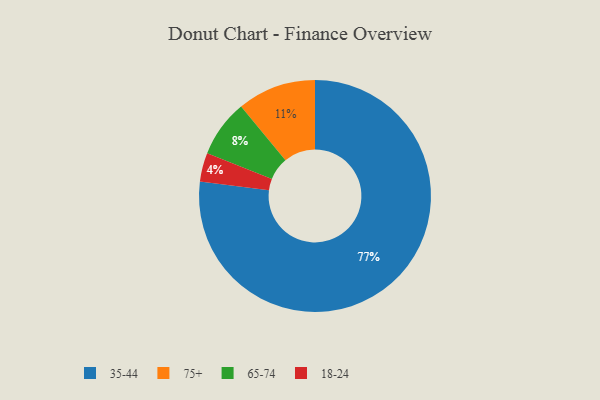
{"axis": {"x": "Category", "y": "Percentage"}, "legend": ["18-24", "35-44", "65-74", "75+"], "data": [{"x": "75+", "y": 11, "type": "75+"}, {"x": "18-24", "y": 4, "type": "18-24"}, {"x": "65-74", "y": 8, "type": "65-74"}, {"x": "35-44", "y": 77, "type": "35-44"}]}